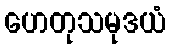
ဟေတုသမုဒယံ